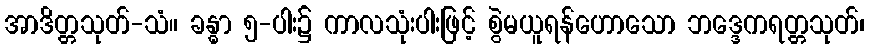
အာဒိတ္တသုတ်-သံ။ ခန္ဓာ ၅-ပါး၌ ကာလသုံးပါးဖြင့် စွဲမယူရန်ဟောသော ဘဒ္ဒေကရတ္တသုတ်၊